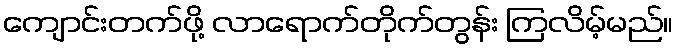
ကျောင်းတက်ဖို့ လာရောက်တိုက်တွန်း ကြလိမ့်မည်။